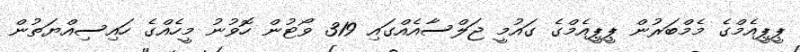
ޕީޕީއެމްގެ މެމްބަރުން ޕީޕީއެމްގެ ގައުމީ ޖަލްސާއެއްގައި 319 ވޯޓުން ހޮވުނު މީހެއްގެ ހައިސިއްޔަތުން